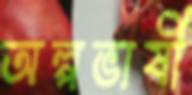
অল্পভাষী